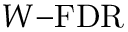
W { \mathrm { - F D R } }